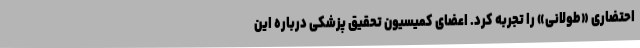
احتضاری «طولانی» را تجربه کرد. اعضای کمیسیون تحقیق پزشکی درباره این